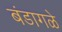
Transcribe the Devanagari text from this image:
बंडागळे